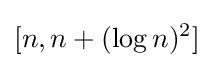
[n,n+(\log n)^{2}]